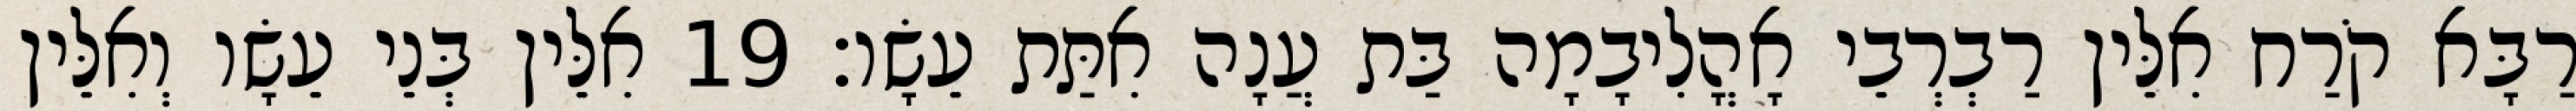
רַבָּא קֹרַח אִלֵּין רַבְרְבֵי אָהֳלִיבָמָה בַּת עֲנָה אִתַּת עֵשָׂו׃ 19 אִלֵּין בְּנֵי עֵשָׂו וְאִלֵּין